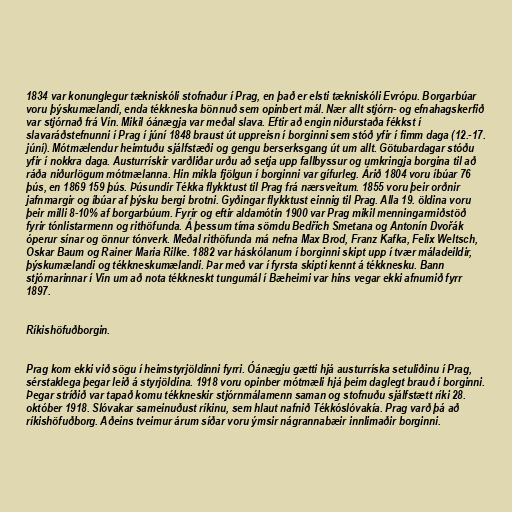
1834 var konunglegur tækniskóli stofnaður í Prag, en það er elsti tækniskóli Evrópu. Borgarbúar
voru þýskumælandi, enda tékkneska bönnuð sem opinbert mál. Nær allt stjórn- og efnahagskerfið
var stjórnað frá Vín. Mikil óánægja var meðal slava. Eftir að engin niðurstaða fékkst í
slavaráðstefnunni í Prag í júní 1848 braust út uppreisn í borginni sem stóð yfir í fimm daga (12.-17.
júní). Mótmælendur heimtuðu sjálfstæði og gengu berserksgang út um allt. Götubardagar stóðu
yfir í nokkra daga. Austurrískir varðliðar urðu að setja upp fallbyssur og umkringja borgina til að
ráða niðurlögum mótmælanna. Hin mikla fjölgun í borginni var gífurleg. Árið 1804 voru íbúar 76
þús, en 1869 159 þús. Þúsundir Tékka flykktust til Prag frá nærsveitum. 1855 voru þeir orðnir
jafnmargir og íbúar af þýsku bergi brotni. Gyðingar flykktust einnig til Prag. Alla 19. öldina voru
þeir milli 8-10% af borgarbúum. Fyrir og eftir aldamótin 1900 var Prag mikil menningarmiðstöð
fyrir tónlistarmenn og rithöfunda. Á þessum tíma sömdu Bedřich Smetana og Antonín Dvořák
óperur sínar og önnur tónverk. Meðal rithöfunda má nefna Max Brod, Franz Kafka, Felix Weltsch,
Oskar Baum og Rainer Maria Rilke. 1882 var háskólanum í borginni skipt upp í tvær máladeildir,
þýskumælandi og tékkneskumælandi. Þar með var í fyrsta skipti kennt á tékknesku. Bann
stjórnarinnar í Vín um að nota tékkneskt tungumál í Bæheimi var hins vegar ekki afnumið fyrr
1897.

Ríkishöfuðborgin.

Prag kom ekki við sögu í heimstyrjöldinni fyrri. Óánægju gætti hjá austurríska setuliðinu í Prag,
sérstaklega þegar leið á styrjöldina. 1918 voru opinber mótmæli hjá þeim daglegt brauð í borginni.
Þegar stríðið var tapað komu tékkneskir stjórnmálamenn saman og stofnuðu sjálfstætt ríki 28.
október 1918. Slóvakar sameinuðust ríkinu, sem hlaut nafnið Tékkóslóvakía. Prag varð þá að
ríkishöfuðborg. Aðeins tveimur árum síðar voru ýmsir nágrannabæir innlimaðir borginni.